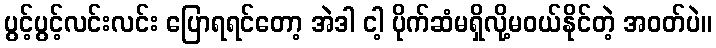
ပွင့်ပွင့်လင်းလင်း ပြောရရင်တော့ အဲဒါ ငါ့ ပိုက်ဆံမရှိလို့မဝယ်နိုင်တဲ့ အဝတ်ပဲ။